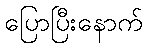
ပြောပြီးနောက်